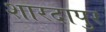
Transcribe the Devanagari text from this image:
शारदापुर